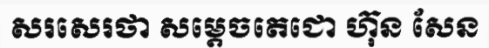
សរសេរថា សម្តេចតេជោ ហ៊ុន សែន